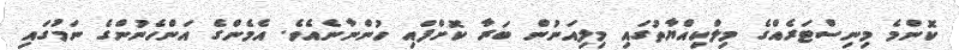
ކޮންމެ މިނިސްޓަރެއްގެ މިލްކިއްޔާތުގަައި މިިލިއަނުން ބަރާ ކޮށްފައި ހުންނާނެއެވެ. އެމެންގެ އަންހެނުންގެ ނަމުގައި